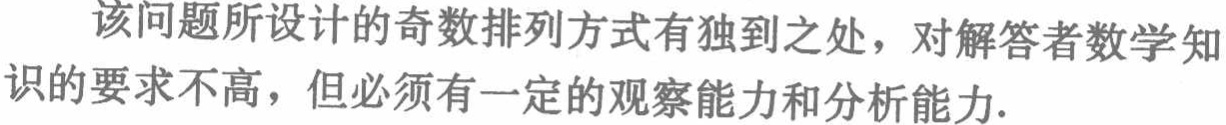
该问题所设计的奇数排列方式有独到之处，对解答者数学知识的要求不高，但必须有一定的观察能力和分析能力.